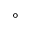
^ \circ